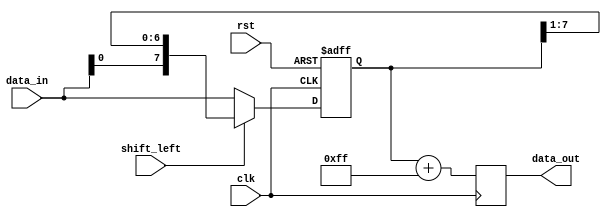
module ShiftAndAdd(
    input wire clk,
    input wire rst,
    input wire shift_left,
    input wire [7:0] data_in,
    output reg [7:0] data_out
);

reg [7:0] shift_reg;

always @(posedge clk or posedge rst)
begin
    if(rst)
        shift_reg <= 8'b0;
    else if(shift_left)
        shift_reg <= {data_in, shift_reg[7:1]};
    else
        shift_reg <= {shift_reg[6:0], data_in};
end

always @(posedge clk)
begin
    data_out <= shift_reg + 8'hFF; // Constant value for addition
end

endmodule